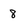
Character: 8